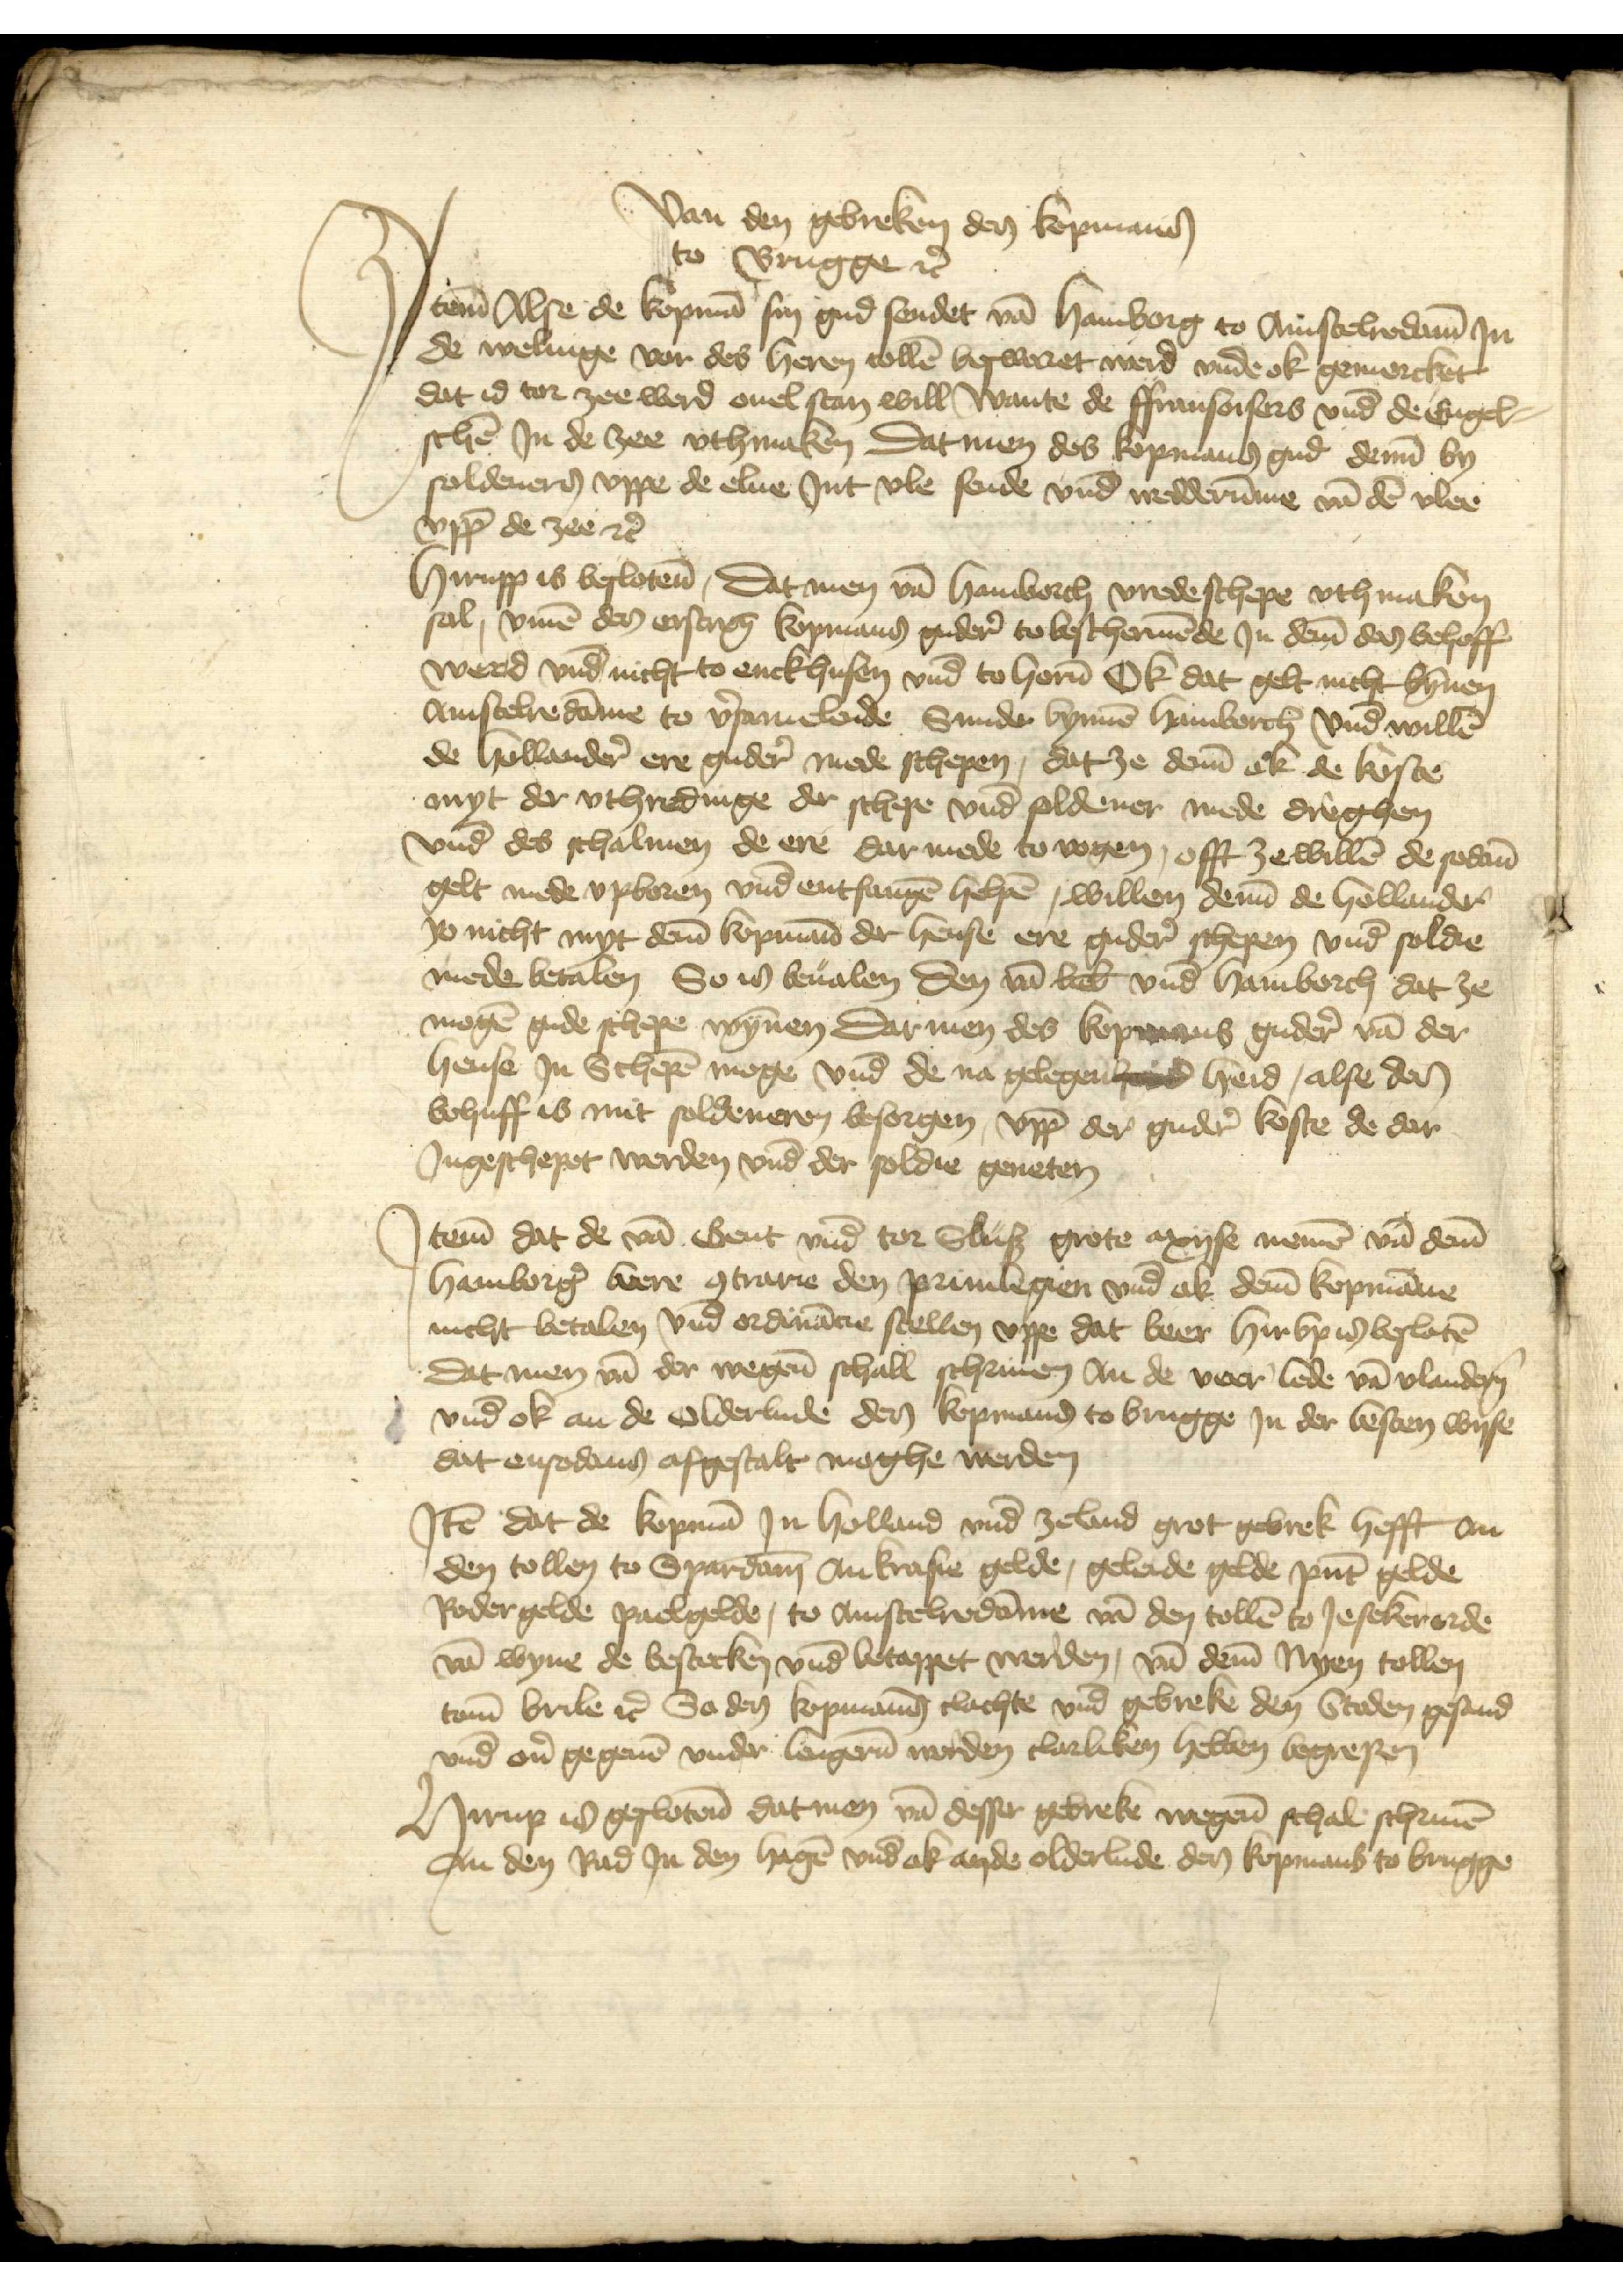
Van den gebreken den kopmans
to Brugge etcetera
Jtem Alse de kopman sin gud sendet van Hamborg to Amstelredame Jn
de welinge vor des heren tollen beswaret werd vnde ok gemercket
dat id tor zee werd ouel stan will wante de Ffransoisers vnd de Engel¬
schen Jn de zee vthmaken datmen des kopmans gud deme by
soldeneren vppe de elue Jnt vle sende vnd wedderumme van den Vlee
vppe de zee etcetera

Hirupp is besloten, Dat men van Hamborch vredeschepe vth maken
sal, vmme den erscreuen kopmans gudere to beschermende Jn deme des behoff
werd vnd nicht to enckhusen vnd to horen Ok dat gelt nicht bynnen
Amstelredamme to vorsamelende Sunder bynnen Hamborch vnd willen
de Hollandere ere gudere mede schepen, dat ze deme ok de koste
myt der vthredinge der schepe vnd soldener mede dreghen
vnd des schalmen de ere dar mede to vogen, offt ze willen de sodanen
gelt mede vpboren vnd entfangen helpen, willen deme de Hollander
Jo nicht myt deme kopmann der hense ere gudere schepen vnd solde
mede betalen, So is beualen den van Lubeke vnd Hamborch dat ze
mogen gude schepe wynnen dar men des kopmans gudere van der
hense Jn Schepen moge vnd de na gelegenhed heid, alse den
bohuff is mit soldeneren besorgen, vpp der gudere koste de dar
Jngeschepet werden vnd der soldie geneten

Jtem dat de van Gent vnd tor Slus grote axyse nemen van deme
Hamborger beere contrarie den priuilegien vnd ok deme kopmanne
nicht betalen vnd ordinancie stellen vppe dat beer hir vp is besloten
dat men van der wegene schall schriuen an de veer lede van Vlanderen
vnd ok an de olderlude des kopmans to Brugge Jn der besten wyse
dat ensodans afgestalt moghe werden

Jtem dat de kopman Jn Holland vnd Zeland grot gebrek hefft dn
den tollen to Spardane an krasie gelde, geleide gelde punt gelde
Rodergelde paelgelde, to Amstelredamme van den tollen to Jesekerorde
van wyne de bestecken vnd betappet werden, van deme Nyen tollen
tome Brile etcetera So des kopmanns clachte vnd gebreke den Steden gesand
vnd ouer gegeuen vnder lengeren worden clarliken hebben begrepen

Hirup is geslotende dat men van desse gebreken wegene schal schriuen
an den Rad Jn den Hagen vnd ok ande olderlude des kopmans to Brugge